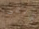
لأبقى